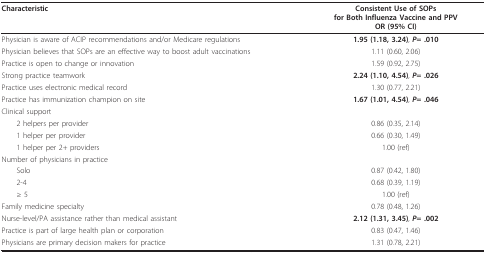
| Characteristic | Consistent Use of SOPsfor Both Influenza Vaccine and PPVOR (95% CI) |
 | --- | --- |
 | Physician is aware of ACIP recommendations and/or Medicare regulations | 1.95 (1.18, 3.24), P= .010 |
 | Physician believes that SOPs are an effective way to boost adult vaccinations | 1.11 (0.60, 2.06) |
 | Practice is open to change or innovation | 1.59 (0.92, 2.75) |
 | Strong practice teamwork | 2.24 (1.10, 4.54), P= .026 |
 | Practice uses electronic medical record | 1.30 (0.77, 2.21) |
 | Practice has immunization champion on site | 1.67 (1.01, 4.54), P= .046 |
 | Clinical support |  |
 | 2 helpers per provider | 0.86 (0.35, 2.14) |
 | 1 helper per provider | 0.66 (0.30, 1.49) |
 | 1 helper per 2+ providers | 1.00 (ref) |
 | Number of physicians in practice |  |
 | Solo | 0.87 (0.42, 1.80) |
 | 2-4 | 0.68 (0.39, 1.19) |
 | ≥ 5 | 1.00 (ref) |
 | Family medicine specialty | 0.78 (0.48, 1.26) |
 | Nurse-level/PA assistance rather than medical assistant | 2.12 (1.31, 3.45), P= .002 |
 | Practice is part of large health plan or corporation | 0.83 (0.47, 1.46) |
 | Physicians are primary decision makers for practice | 1.31 (0.78, 2.21) |